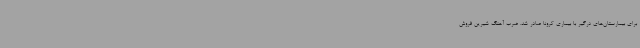
برای بیمارستان‌های درگیر با بیماری کرونا صادر شد. ضرب آهنگ شیرین فروش